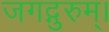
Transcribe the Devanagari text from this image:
जगद्गुरुम्।